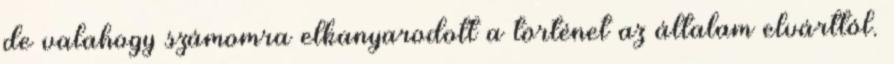
de valahogy számomra elkanyarodott a történet az általam elvárttól.